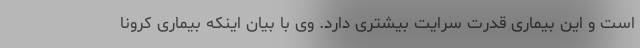
است و این بیماری قدرت سرایت بیشتری دارد. وی با بیان اینکه بیماری کرونا